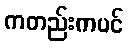
ကတည်းကပင်